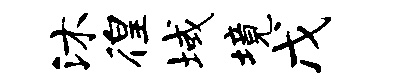
沐徨域境戊